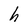
Character: h